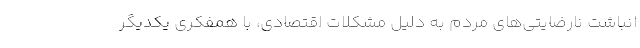
انباشت نارضایتی‌های مردم به دلیل مشکلات اقتصادی، با همفکری یکدیگر